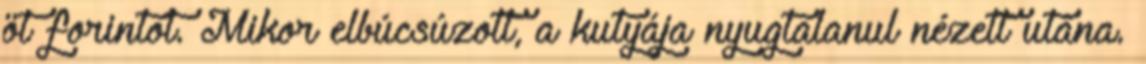
öt forintot. Mikor elbúcsúzott, a kutyája nyugtalanul nézett utána.